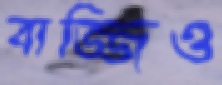
বাজ্জিও